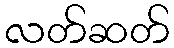
လတ်ဆတ်